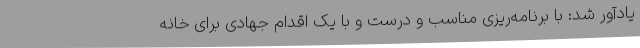
یادآور شد: با برنامه‌ریزی مناسب و درست و با یک اقدام جهادی برای خانه